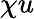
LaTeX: \chi u